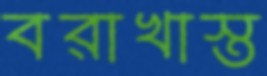
বরাখাস্ত